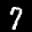
Label: 7